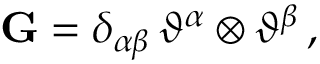
\mathbf { G } = \delta _ { \alpha \beta } \, \vartheta ^ { \alpha } \otimes \vartheta ^ { \beta } \, ,